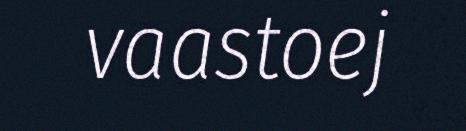
vaastoej